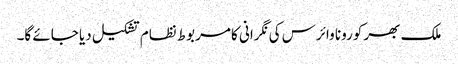
ملک بھر کورونا وائرس کی نگرانی کا مربوط نظام تشکیل دیا جائے گا۔